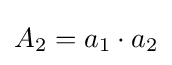
A_{2}=a_{1}\cdot a_{2}